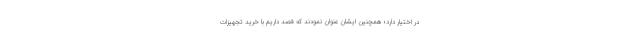
در اختیار دارد؛ همچنین ایشان عنوان نمودند که قصد داریم با خرید تجهیزات